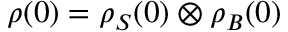
\rho ( 0 ) = \rho _ { S } ( 0 ) \otimes \rho _ { B } ( 0 )